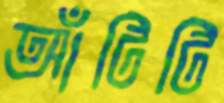
আঁটিটি